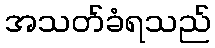
အသတ်ခံရသည်